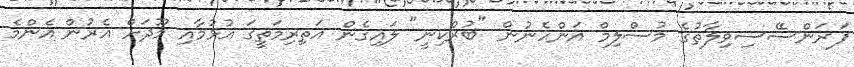
ފަރަންސޭސިވިލާތުގެ މުސްލިމް އަންހެނުން "ބުރްކިނީ" ލައިގެން އަތިރިމަތީގަ އުޅުމާއި މޫދަށް އެރުން އެންމެ